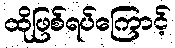
ထိုဖြစ်ရပ်ကြောင့်